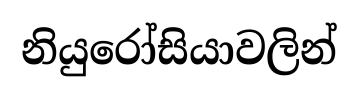
නියුරෝසියාවලින්